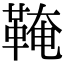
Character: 𩋊